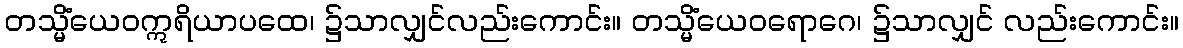
တသ္မိံယေဝဣရိယာပထေ၊ ၌သာလျှင်လည်းကောင်း။ တသ္မိံယေဝရောဂေ၊ ၌သာလျှင် လည်းကောင်း။